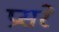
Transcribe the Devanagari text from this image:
प्रसरे